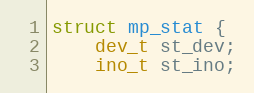
Language: C
struct mp_stat {
    dev_t st_dev;
    ino_t st_ino;